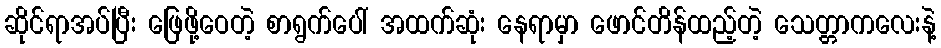
ဆိုင်ရာအပ်ပြီး ဖြေဖို့ဝေတဲ့ စာရွက်ပေါ် အထက်ဆုံး နေရာမှာ ဖောင်တိန်ထည့်တဲ့ သေတ္တာကလေးနဲ့